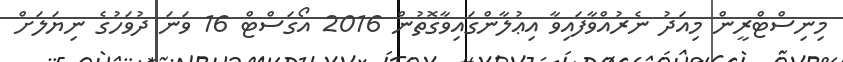
މިނިސްޓްރީން މިއަދު ނެރުއްވާފައިވާ އިޢުލާންގައިވާގޮތުން 2016 އޯގަސްޓް 16 ވަނަ ދުވަހުގެ ނިޔަލަށް